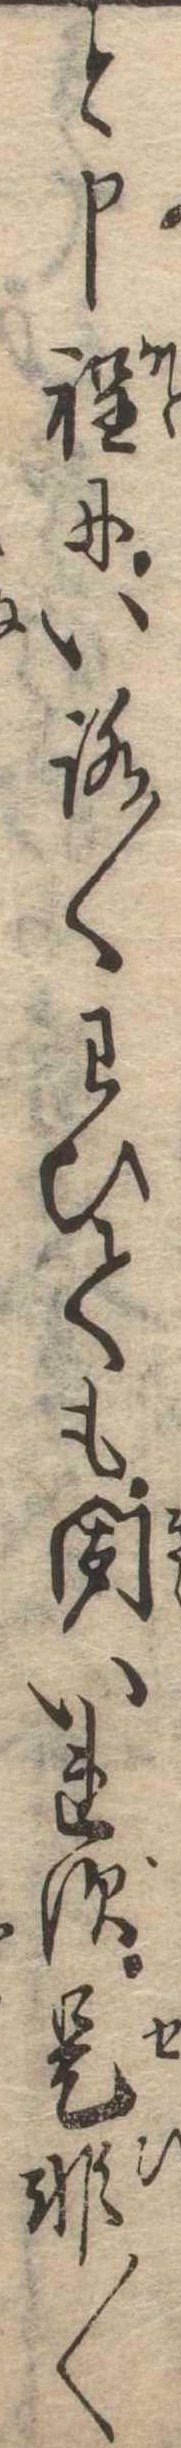
と申程にいろ〱わびても聞いれず是非〱